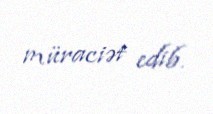
müraciət edib.